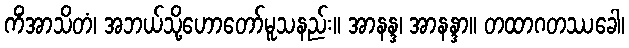
ကိံအာသိတံ၊ အဘယ်သို့ဟောတော်မူသနည်း။ အာနန္ဒ၊ အာနန္ဒာ။ တထာဂတဿခေါ၊